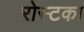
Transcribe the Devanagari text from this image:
रोस्टका